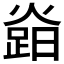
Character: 𤍷